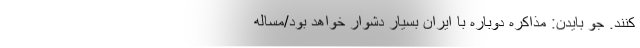
کنند. جو بایدن: مذاکره دوباره با ایران بسیار دشوار خواهد بود/مساله